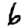
Digit: 6